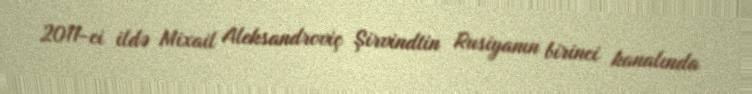
2011-ci ildə Mixail Aleksandroviç Şirvindtin Rusiyanın birinci kanalında